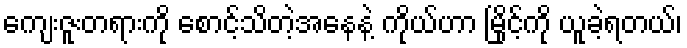
ကျေးဇူးတရားကို စောင့်သိတဲ့အနေနဲ့ ကိုယ်ဟာ မြိုင့်ကို ယူခဲ့ရတယ်၊